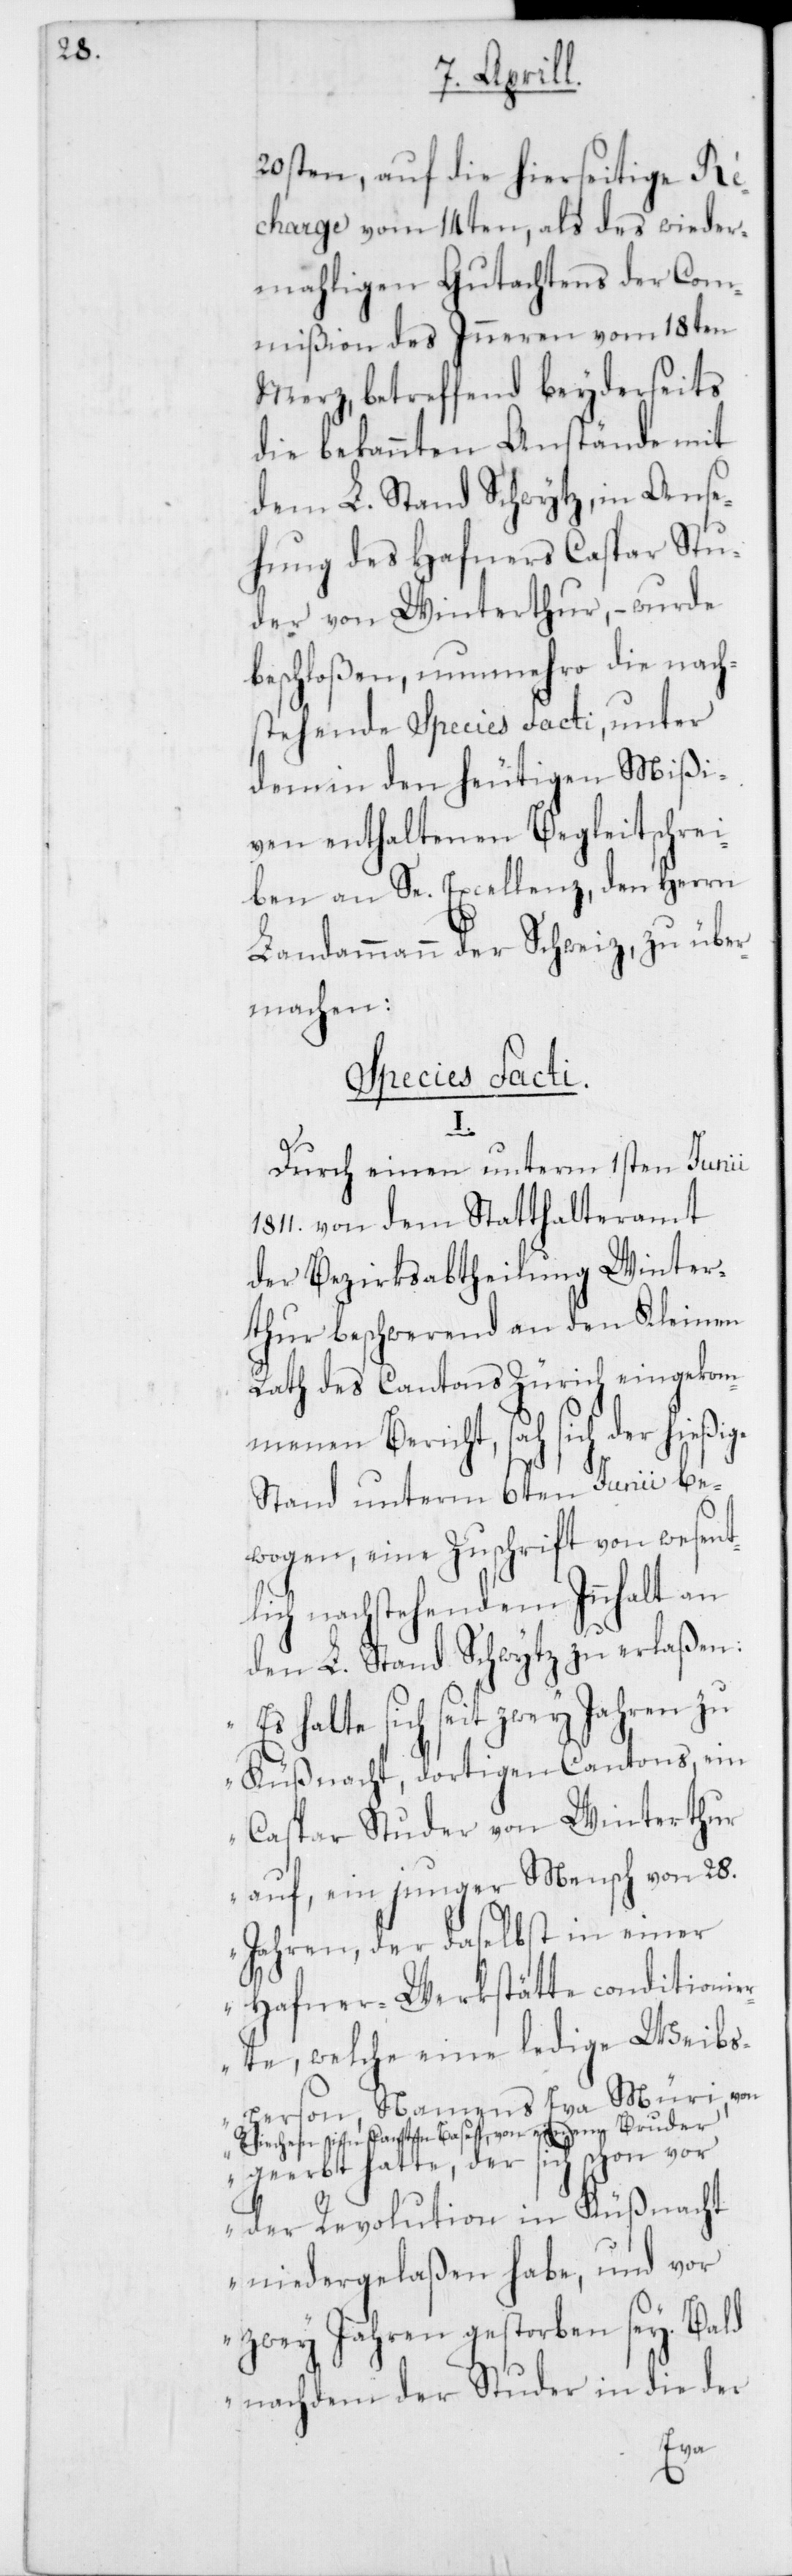
20sten, auf die hierseitige Ré¬
charge vom 14ten, als des wieder¬
mahligen Gutachtens der Com¬
mißion des Innern vom 18ten
Merz, betreffend beyderseits
die bekannten Anstände mit
dem L. Stand Schwytz, in Anse¬
hung des Hafners Caspar Stu¬
der von Winterthur, – wurde
beschloßen, nunmehro die nach¬
stehende Species Facti, unter
dem in den heutigen Mißi¬
ven enthaltenen Begleitschrei¬
ben an Se. Excellenz, den Herrn
Landammann der Schweiz, zu über¬
machen:
Species Facti.
I.
Durch einen unterm 1sten Junii
1811. von dem Statthalteramt
der Bezirksabtheilung Winter¬
thur beschwerend an den Kleinen
Rath des Cantons Zürich eingekom¬
menen Bericht, sah sich der hieß¬
Stand unterm 6ten Junii be¬
wogen, eine Zuschrift von wesent¬
lich nachstehendem Innhalt an
den L. Stand Schwytz zu erlaßen:
„Es halte sich seit zwey Jahren zu
Küßnacht, dortigen Cantons, ein
Caspar Studer von Winterthur
auf, ein junger Mensch von 28.
Jahren, der daselbst in einer
Hafner-Werkstätte conditionie¬
rte, welche eine ledige Weibs¬
person, namens Eva Müri von
Riechen im Canton Basel, von einem Bruder
geerbt hatte, der sich schon vor
der Revolution in Küßnacht
niedergelaßen habe, und vor
zwey Jahren gestorben sey. Bald
nachdem der Studer in die der
ige